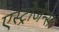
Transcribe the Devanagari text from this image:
एस्ट्रोजेन्स